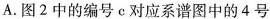
A.图2中的编号e对应系谱图中的4号